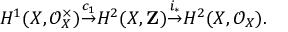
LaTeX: H ^ { 1 } ( X , { \mathcal { O } } _ { X } ^ { \times } ) { \stackrel { c _ { 1 } } { \to } } H ^ { 2 } ( X , \mathbf { Z } ) { \stackrel { i _ { * } } { \to } } H ^ { 2 } ( X , { \mathcal { O } } _ { X } ) .